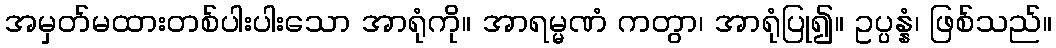
အမှတ်မထားတစ်ပါးပါးသော အာရုံကို။ အာရမ္မဏံ ကတွာ၊ အာရုံပြု၍။ ဥပ္ပန္နံ၊ ဖြစ်သည်။